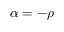
\alpha = - \rho